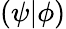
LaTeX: (\psi\vert\phi)